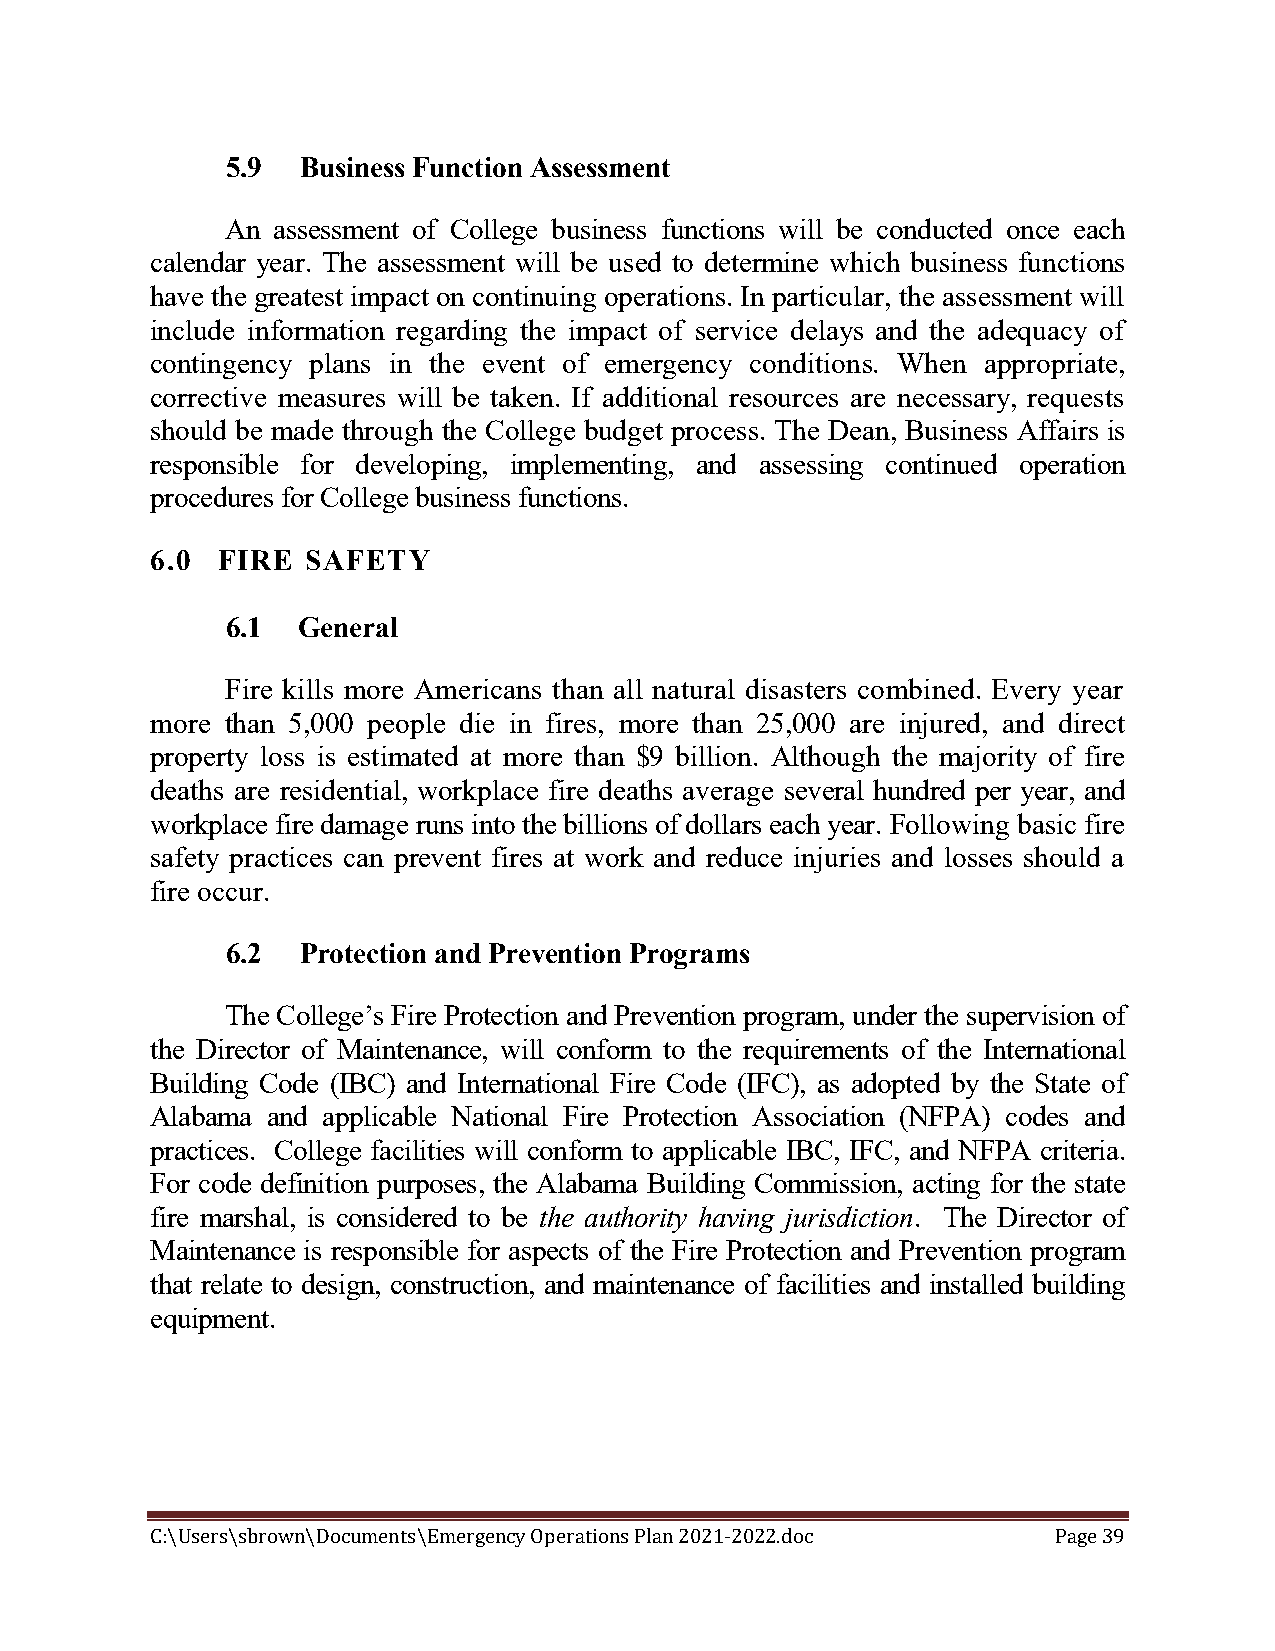
5.9  Business Function Assessment
 An assessment of College business functions will be conducted once each
 calendar year. The assessment will be used to determine which business functions
 have the greatest impact on continuing operations. In particular, the assessment will
 include information regarding the impact of service delays and the adequacy of
 contingency plans in the event of emergency conditions. When appropriate,
 corrective measures will be taken. If additional resources are necessary, requests
 should be made through the College budget process. The Dean, Business Affairs is
 responsible for developing, implementing, and assessing continued operation
 procedures for College business functions.
 6.0 FIRE  SAFETY
 6.1  General
 Fire kills more Americans than all natural disasters combined. Every year
 more than 5,000 people die in fires, more than 25,000 are injured, and direct
 property loss is estimated at more than $9 billion. Although the majority of fire
 deaths are residential, workplace fire deaths average several hundred per year, and
 workplace fire damage runs into the billions of dollars each year. Following basic fire
 safety practices can prevent fires at work and reduce injuries and losses should a
 fire occur.
 6.2  Protection and Prevention Programs
 The College’s Fire Protection and Prevention program, under the supervision of
 the Director of Maintenance, will conform to the requirements of the International
 Building Code (IBC) and International Fire Code (IFC), as adopted by the State of
 Alabama and applicable National Fire Protection Association (NFPA) codes and
 practices. College facilities will conform to applicable IBC, IFC, and NFPA criteria.
 For code definition purposes, the Alabama Building Commission, acting for the state
 fire marshal, is considered to be the authority having jurisdiction. The Director of
 Maintenance is responsible for aspects of the Fire Protection and Prevention program
 that relate to design, construction, and maintenance of facilities and installed building
 equipment.
 C:\Users\sbrown\Documents\Emergency Operations Plan 2021-2022.doc Page 39